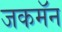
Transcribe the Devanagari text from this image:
जकमॅन